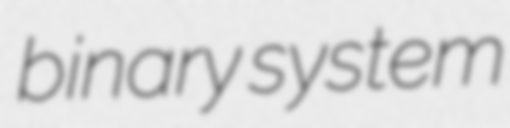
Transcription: binary system